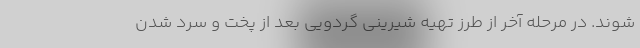
شوند. در مرحله آخر از طرز تهیه شیرینی گردویی بعد از پخت و سرد شدن